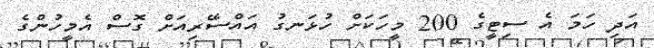
އަދި ހަމަ އެ ސިޓީގެ 200 މީހަކަށް ހުޅަނގު އައްސޭރިއަށް ގޮސް އެމީހުންގެ